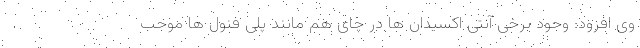
وی افزود: وجود برخی آنتی اکسیدان ها در چای هم مانند پلی فنول ها موجب